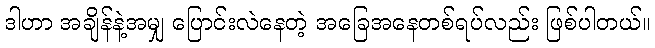
ဒါဟာ အချိန်နဲ့အမျှ ပြောင်းလဲနေတဲ့ အခြေအနေတစ်ရပ်လည်း ဖြစ်ပါတယ်။